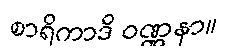
စာရိကာဒိ ဝဏ္ဏနာ။